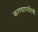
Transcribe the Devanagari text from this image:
करण्यापर्यंतची